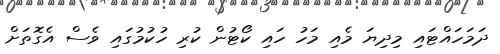
ދަމަހައްޓައި މިދިޔަ މެއި މަހު ހައި ކޯޓުން ކުރި ހުކުމުގައި ވެސް އެގޮތަށް